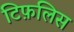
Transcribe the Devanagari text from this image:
टिफ़लिस